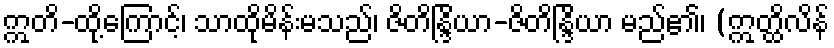
ဣတိ-ထို့ကြောင့်၊ သာထိုမိန်းမသည်၊ ဇိတိန္ဒြိယာ-ဇိတိန္ဒြိယာ မည်၏၊ (ဣတ္ထိလိန်